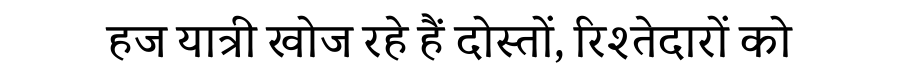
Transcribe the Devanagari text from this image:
हज यात्री खोज रहे हैं दोस्तों, रिश्तेदारों को